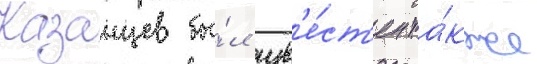
Казанцев бы́л изв'е́ст'ен та́кже